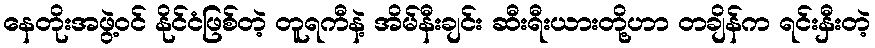
နေတိုးအဖွဲ့ဝင် နိုင်ငံဖြစ်တဲ့ တူရကီနဲ့ အိမ်နီးချင်း ဆီးရီးယားတို့ဟာ တချိန်က ရင်းနှီးတဲ့